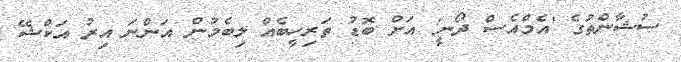
ސުޝާންތުގެ 'އެމްއެސް ދޯނީ' އަށް ބޮޑު ތަރިހީބެއް ލިބެމުން އަންނަ އިރު އަކްޝޭ